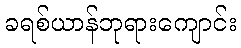
ခရစ်ယာန်ဘုရားကျောင်း